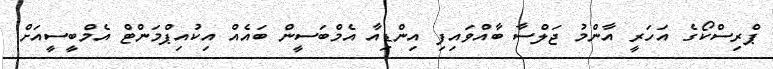
ޕްރިސްކޯގެ އަހަރީ އާންމު ޖަލްސާ ބާއްވައިފި އިންޑިއާ އެމްބަސީން ބައެއް އިކުއިޕްމަންޓް އެމްބީސީއަށް